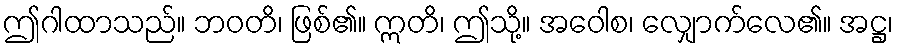
ဤဂါထာသည်။ ဘဝတိ၊ ဖြစ်၏။ ဣတိ၊ ဤသို့။ အဝေါစ၊ လျှောက်လေ၏။ အဋ္ဌ၊